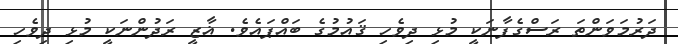
ދަރުމަވަންތަ ރަސްގެފާނަކީ މުޅި ދިވެހި ޤައުމުގެ ބައްޕައެވެ. ޣާޒީ ރަދުންނަކީ މުޅި ދިވެހި